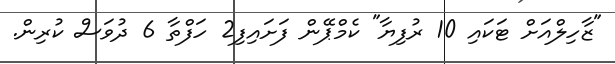
"ޒާހިލްއަށް ޓަކައި 10 ރުފިޔާ" ކެމްޕޭން ފަށައިފި2 ހަފްތާ 6 ދުވަސް ކުރިން.